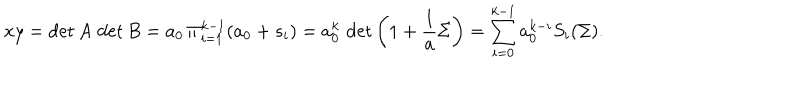
LaTeX: x y = \det A \, \det B = a _ { 0 } \, \Pi _ { i = 1 } ^ { k - 1 } ( a _ { 0 } + s _ { i } ) = a _ { 0 } ^ { k } \, \det \left( 1 + { \frac { 1 } { a } } \Sigma \right) = \sum _ { i = 0 } ^ { k - 1 } a _ { 0 } ^ { k - i } S _ { i } ( \Sigma ) .